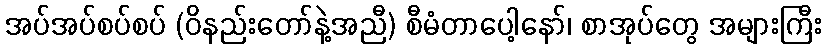
အပ်အပ်စပ်စပ် (ဝိနည်းတော်နဲ့အညီ) စီမံတာပေါ့နော်၊ စာအုပ်တွေ အများကြီး